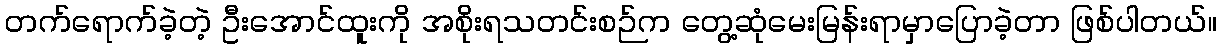
တက်ရောက်ခဲ့တဲ့ ဦးအောင်ထူးကို အစိုးရသတင်းစဉ်က တွေ့ဆုံမေးမြန်းရာမှာပြောခဲ့တာ ဖြစ်ပါတယ်။